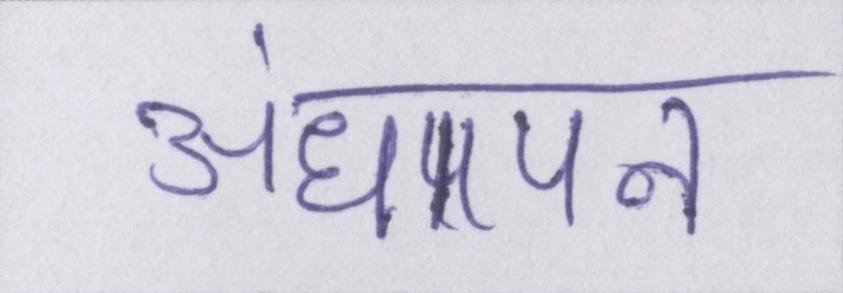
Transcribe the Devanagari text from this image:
अंधापन